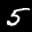
Label: 5